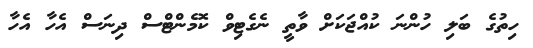
ހިތުގެ ބަލި ހުންނަ ކުއްޖަކަށް ވާތީ ނެގެޓިވް ކޮމެންޓްސް ދިނަސް އެހާ އެހާ